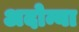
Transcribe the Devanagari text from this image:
अदोन्या